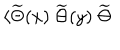
\langle \widetilde { \Theta } ( x ) ~ \widetilde { \Theta } ( y ) ~ \widetilde { \Theta }